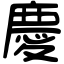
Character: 慶